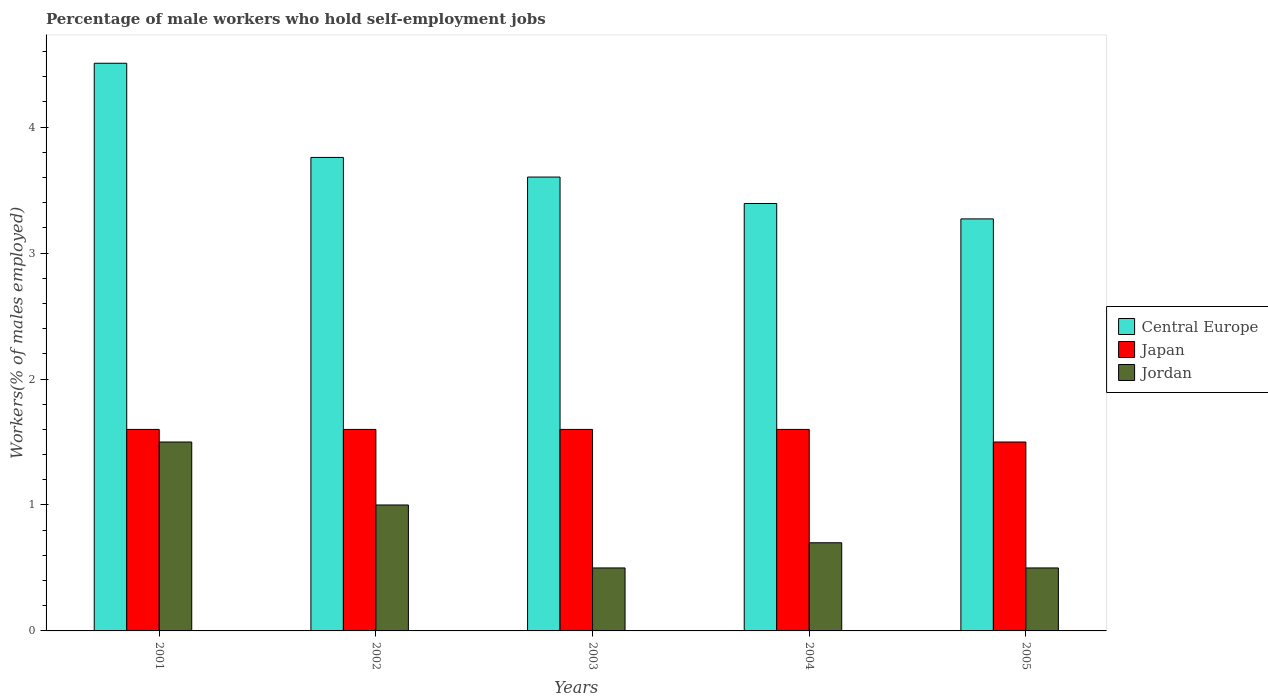
| Years | Central Europe | Japan | Jordan |
 | --- | --- | --- | --- |
 | 2001 | 4.51 | 1.6 | 1.5 |
 | 2002 | 3.76 | 1.6 | 1 |
 | 2003 | 3.6 | 1.6 | 0.5 |
 | 2004 | 3.39 | 1.6 | 0.7 |
 | 2005 | 3.27 | 1.5 | 0.5 |